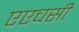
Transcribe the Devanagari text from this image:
एएचसी